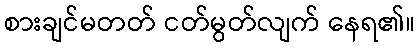
စားချင်မတတ် ငတ်မွတ်လျက် နေရ၏။